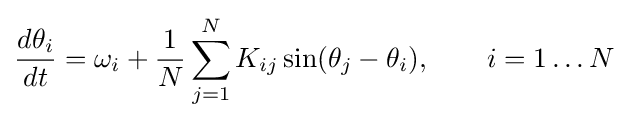
{\frac {d\theta _{i}}{dt}}=\omega _{i}+{\frac {1}{N}}\sum _{j=1}^{N}K_{ij}\sin(\theta _{j}-\theta _{i}),\qquad i=1\ldots N